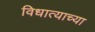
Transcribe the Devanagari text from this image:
विधात्याच्या